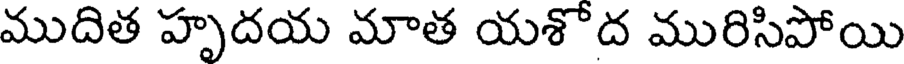
ముదిత హృదయ మాత యశొద మురిసిపోయి